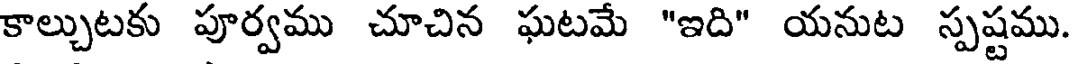
కాల్చుటకు పూర్వము చూచిన ఘటమే "ఇది" యనుట స్పష్టము.